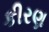
કીરણ